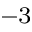
^ { - 3 }